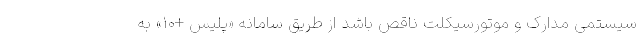
سیستمی مدارک و موتورسیکلت ناقص باشد از طریق سامانه «پلیس +۱۰» به